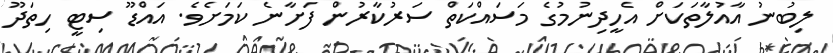
ލިބުނު އާއުލާތަކަށް އެހީދިނުމުގެ މަސައްކަތް ސަރުކާރުން ފަށާނެ ކަމަށެވެ. އައްޑޫ ސިޓީ ހިތަދޫ